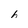
Character: 6